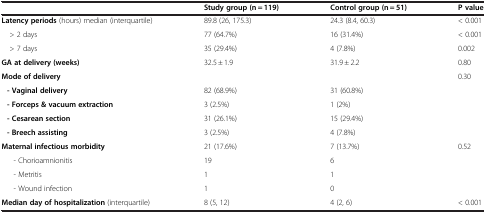
<table><thead><tr><td><b> </b></td><td><b>Study group (n = 119)</b></td><td><b>Control group (n = 51)</b></td><td><b>P value</b></td></tr></thead><tbody><tr><td><b>Latency periods</b> (hours) median (interquartile)</td><td>89.8 (26, 175.3)</td><td>24.3 (8.4, 60.3)</td><td>&lt; 0.001</td></tr><tr><td> &gt; 2 days</td><td>77 (64.7%)</td><td>16 (31.4%)</td><td>&lt; 0.001</td></tr><tr><td> &gt; 7 days</td><td>35 (29.4%)</td><td>4 (7.8%)</td><td>0.002</td></tr><tr><td><b>GA at delivery (weeks)</b></td><td>32.5 ± 1.9</td><td>31.9 ± 2.2</td><td>0.80</td></tr><tr><td><b>Mode of delivery</b></td><td> </td><td> </td><td>0.30</td></tr><tr><td> <b> - Vaginal delivery</b></td><td>82 (68.9%)</td><td>31 (60.8%)</td><td> </td></tr><tr><td> <b> - Forceps &amp; vacuum extraction</b></td><td>3 (2.5%)</td><td>1 (2%)</td><td> </td></tr><tr><td> <b> - Cesarean section</b></td><td>31 (26.1%)</td><td>15 (29.4%)</td><td> </td></tr><tr><td> <b> - Breech assisting</b></td><td>3 (2.5%)</td><td>4 (7.8%)</td><td> </td></tr><tr><td><b>Maternal infectious morbidity</b></td><td>21 (17.6%)</td><td>7 (13.7%)</td><td>0.52</td></tr><tr><td>- Chorioamnionitis</td><td>19</td><td>6</td><td> </td></tr><tr><td>- Metritis</td><td>1</td><td>1</td><td> </td></tr><tr><td>- Wound infection</td><td>1</td><td>0</td><td> </td></tr><tr><td><b>Median day of hospitalization</b> (interquartile)</td><td>8 (5, 12)</td><td>4 (2, 6)</td><td>&lt; 0.001</td></tr></tbody></table>